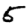
Digit: 5